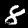
Label: 8